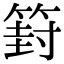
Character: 篈